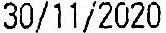
30/11/2020